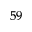
^ { 5 9 }